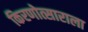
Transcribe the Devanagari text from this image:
किरणोत्साराला